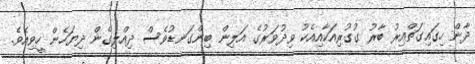
ދާން ހިގައިގަތްއިރު ބާރު ގުގުރިއަކާއިއެކު ވިދުވަރުގެ އަލިން ބިންގަނޑުވެސް ދިއްލިގެން ދިޔަހެން ހީވިއެވެ.